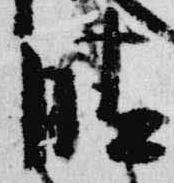
晴